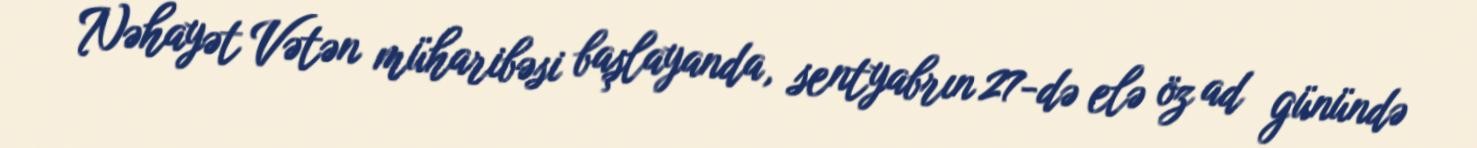
Nəhayət Vətən müharibəsi başlayanda, sentyabrın 27-də elə öz ad günündə